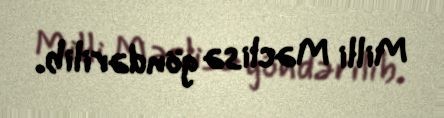
Milli Məclisə göndərilib.